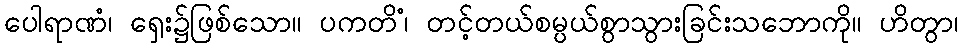
ပေါရာဏံ၊ ရှေး၌ဖြစ်သော။ ပကတိံ၊ တင့်တယ်စမ္ပယ်စွာသွားခြင်းသဘောကို။ ဟိတွာ၊